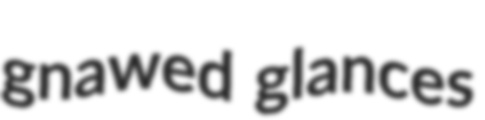
gnawed glances